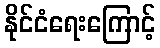
နိုင်ငံရေးကြောင့်